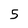
Character: 5